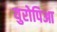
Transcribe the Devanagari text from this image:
युरोपिआ